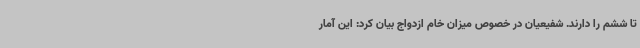
تا ششم را دارند. شفیعیان در خصوص میزان خام ازدواج بیان کرد: این آمار